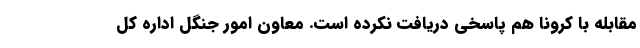
مقابله با کرونا هم پاسخی دریافت نکرده است. معاون امور جنگل اداره کل